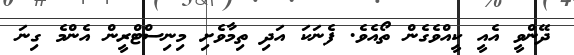
ދޭންވީ އެއީ ކީއްވެގެން ތޯއެވެ. ފެނަކަ އަދި ތިމާވެށި މިނިސްޓްރީން އެންމެ ގިނަ